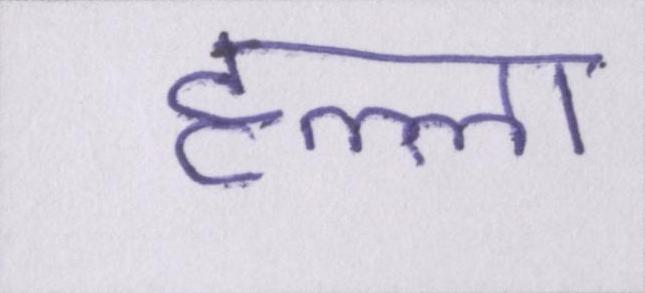
हल्ला